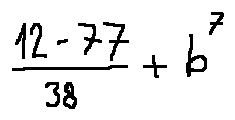
\frac { 1 2 - 7 7 } { 3 8 } + b ^ { 7 }